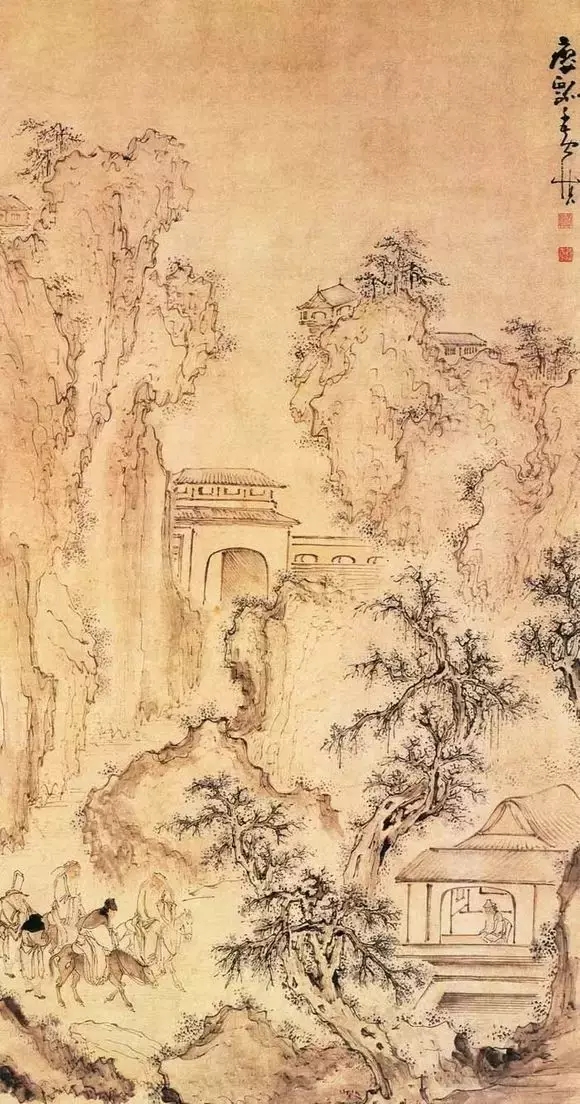
寻河愁地尽，过碛觉天低。